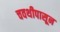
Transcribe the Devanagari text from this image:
चवथीपासून